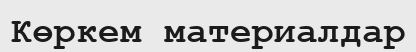
Көркем материалдар